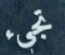
تجيء